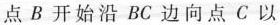
点 B 开始沿 B C 边向点 C 以